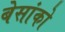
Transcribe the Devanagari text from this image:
बेसांको